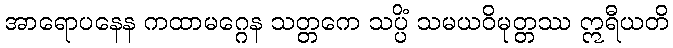
အာရောပနေန ကထာမဂ္ဂေန သတ္တကေ သပ္ပိံ သမယဝိမုတ္တဿ ဣရီယတိ